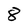
Character: 8